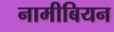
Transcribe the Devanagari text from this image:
नामीबियन